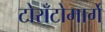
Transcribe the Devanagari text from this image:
टोराँटोमार्गे